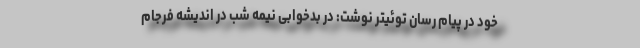
خود در پیام رسان توئیتر نوشت: در بدخوابی نیمه شب در اندیشه فرجامِ